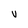
Character: V